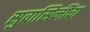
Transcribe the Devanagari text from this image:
सुवासिनींचा